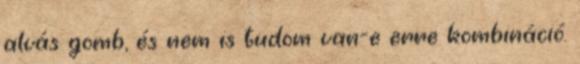
alvás gomb, és nem is tudom van-e erre kombináció.